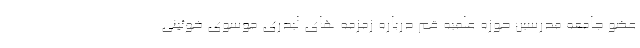
عضو جامعه مدرسین حوزه علمیه قم درباره زمزمه های لیدری موسوی خوئینی